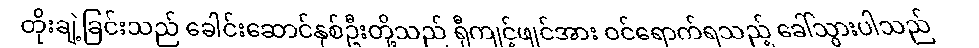
တိုးချဲ့ခြင်းသည် ခေါင်းဆောင်နှစ်ဦးတို့သည် ရှီကျင့်ဖျင်အား ဝင်ရောက်ရသည့် ခေါ်သွားပါသည်